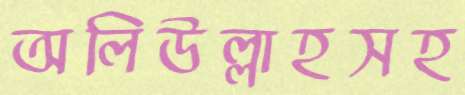
অলিউল্লাহসহ